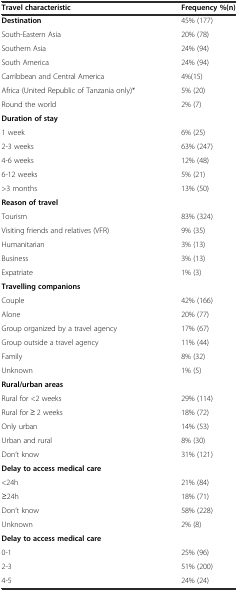
| Travel characteristic | Frequency %(n) |
 | --- | --- |
 | Destination | 45% (177) |
 | South-Eastern Asia | 20% (78) |
 | Southern Asia | 24% (94) |
 | South America | 24% (94) |
 | Carribbean and Central America | 4%(15) |
 | Africa (United Republic of Tanzania only)* | 5% (20) |
 | Round the world | 2% (7) |
 | Duration of stay |  |
 | 1 week | 6% (25) |
 | 2-3 weeks | 63% (247) |
 | 4-6 weeks | 12% (48) |
 | 6-12 weeks | 5% (21) |
 | >3 months | 13% (50) |
 | Reason of travel |  |
 | Tourism | 83% (324) |
 | Visiting friends and relatives (VFR) | 9% (35) |
 | Humanitarian | 3% (13) |
 | Business | 3% (13) |
 | Expatriate | 1% (3) |
 | Travelling companions |  |
 | Couple | 42% (166) |
 | Alone | 20% (77) |
 | Group organized by a travel agency | 17% (67) |
 | Group outside a travel agency | 11% (44) |
 | Family | 8% (32) |
 | Unknown | 1% (5) |
 | Rural/urban areas |  |
 | Rural for <2 weeks | 29% (114) |
 | Rural for ≥ 2 weeks | 18% (72) |
 | Only urban | 14% (53) |
 | Urban and rural | 8% (30) |
 | Don’t know | 31% (121) |
 | Delay to access medical care |  |
 | <24h | 21% (84) |
 | ≥24h | 18% (71) |
 | Don’t know | 58% (228) |
 | Unknown | 2% (8) |
 | Delay to access medical care |  |
 | 0-1 | 25% (96) |
 | 2-3 | 51% (200) |
 | 4-5 | 24% (24) |